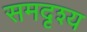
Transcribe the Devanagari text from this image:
समदृश्य